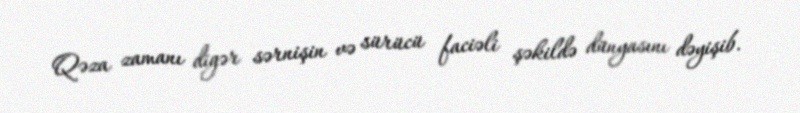
Qəza zamanı digər sərnişin və sürücü faciəli şəkildə dünyasını dəyişib.